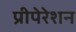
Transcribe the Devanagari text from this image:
प्रीपेरेशन